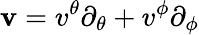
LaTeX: \mathbf{v}=v^{\theta}\partial_{\theta}+v^{\phi}\partial_{\phi}